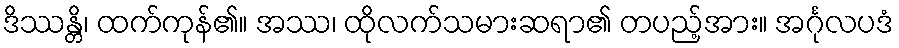
ဒိဿန္တိ၊ ထက်ကုန်၏။ အဿ၊ ထိုလက်သမားဆရာ၏ တပည့်အား။ အင်္ဂုလပဒံ